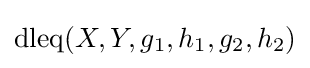
{\text{dleq}}(X,Y,g_{1},h_{1},g_{2},h_{2})